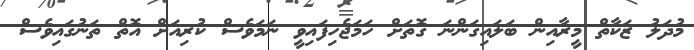
މުދަލު ޒަކާތް މީރާއިން ބަލައިގަންނަ ގޮތަށް ހަމަޖެހިފައިވީ ނަމަވެސް ކުރިއަށް އޮތް ތަނުގައިވެސް